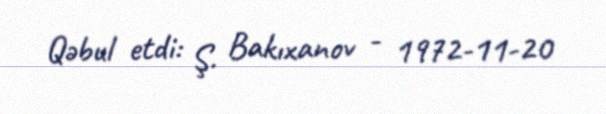
Qəbul etdi: Ş. Bakıxanov - 1972-11-20